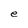
Character: e